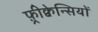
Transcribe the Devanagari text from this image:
फ़्रीक्वेन्सियों